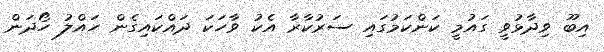
އިބޫ ވިދާޅުވީ ގައުމީ ކަންކަމުގައި ސަރުކާރާ އެކު ވާހަކަ ދައްކައިގެން ހައްލު ހޯދަން